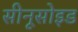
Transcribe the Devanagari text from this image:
सीनूसोइड